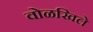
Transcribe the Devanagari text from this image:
वोळखिले